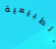
الطبيعية